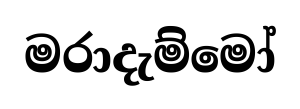
මරාදැම්මෝ